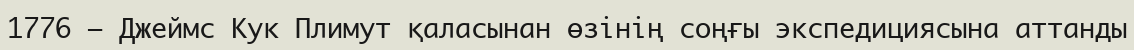
1776 — Джеймс Кук Плимут қаласынан өзінің соңғы экспедициясына аттанды